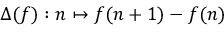
\Delta ( f ) : n \mapsto f ( n + 1 ) - f ( n )